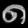
Digit: ၈